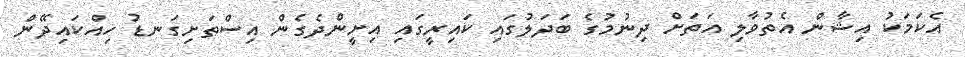
އެކަމަކު އިޝާން އެތުވާލި އަތަށް ދިނުމުގެ ބަދަލުގައި ކައިރީގައި އިށީންދެގެން އިސްތަށިގަނޑު ހިއްކައިދޭން